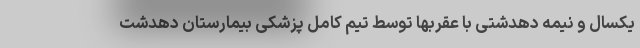
یکسال و نیمه دهدشتی با عقربها توسط تیم کامل پزشکی بیمارستان دهدشت